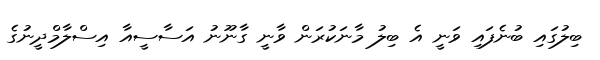
ބިލުގައި ބުނެފައި ވަނީ އެ ބިލު މާނަކުރަން ވާނީ ގާނޫނު އަސާސީއާ އިސްލާމްދީނުގެ